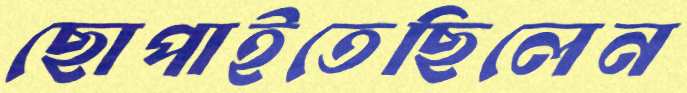
ছোপাইতেছিলেন